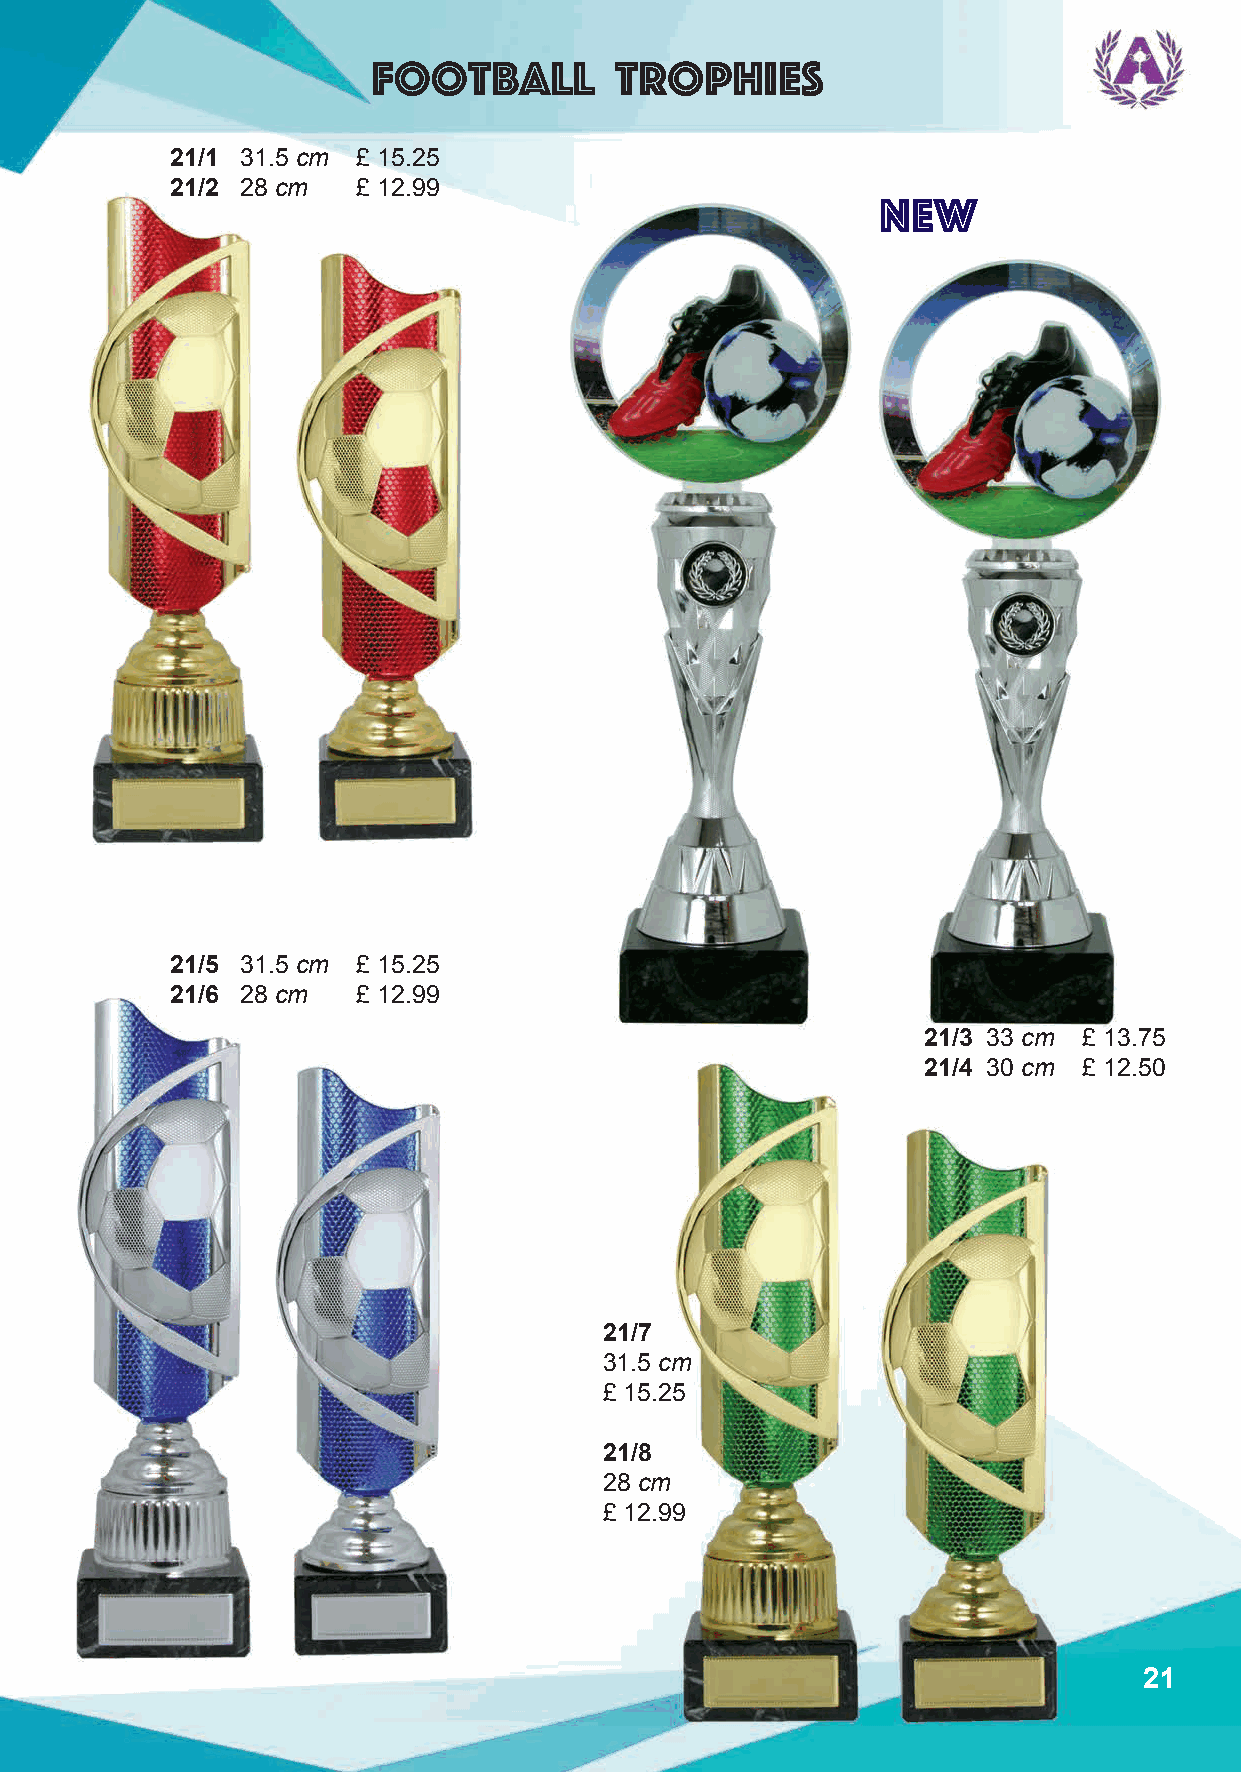
Football        trophies
 21/1 31.5 cm £ 15.25
 21/2 28 cm   £ 12.99
 new
 21/5 31.5 cm £ 15.25
 21/6 28 cm   £ 12.99
 21/3 33 cm £ 13.75
 21/4 30 cm £ 12.50
 21/7
 31.5 cm
 £ 15.25
 21/8
 28 cm
 £ 12.99
 21